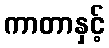
ကာတာနှင့်